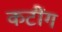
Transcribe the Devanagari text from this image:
कटींग